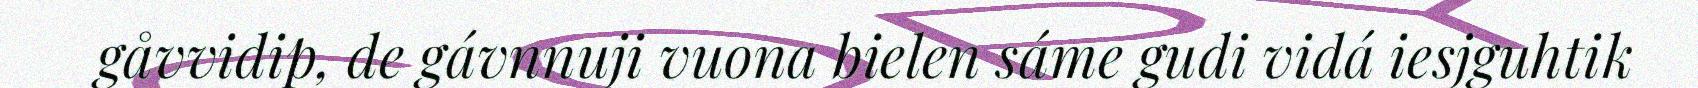
gåvvidip, de gávnnuji vuona bielen sáme gudi vidá iesjguhtik